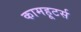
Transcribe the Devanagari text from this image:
कामहूटर्स